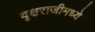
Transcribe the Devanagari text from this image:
वृक्षराजीमध्ये